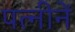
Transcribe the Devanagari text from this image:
पत्नीनें